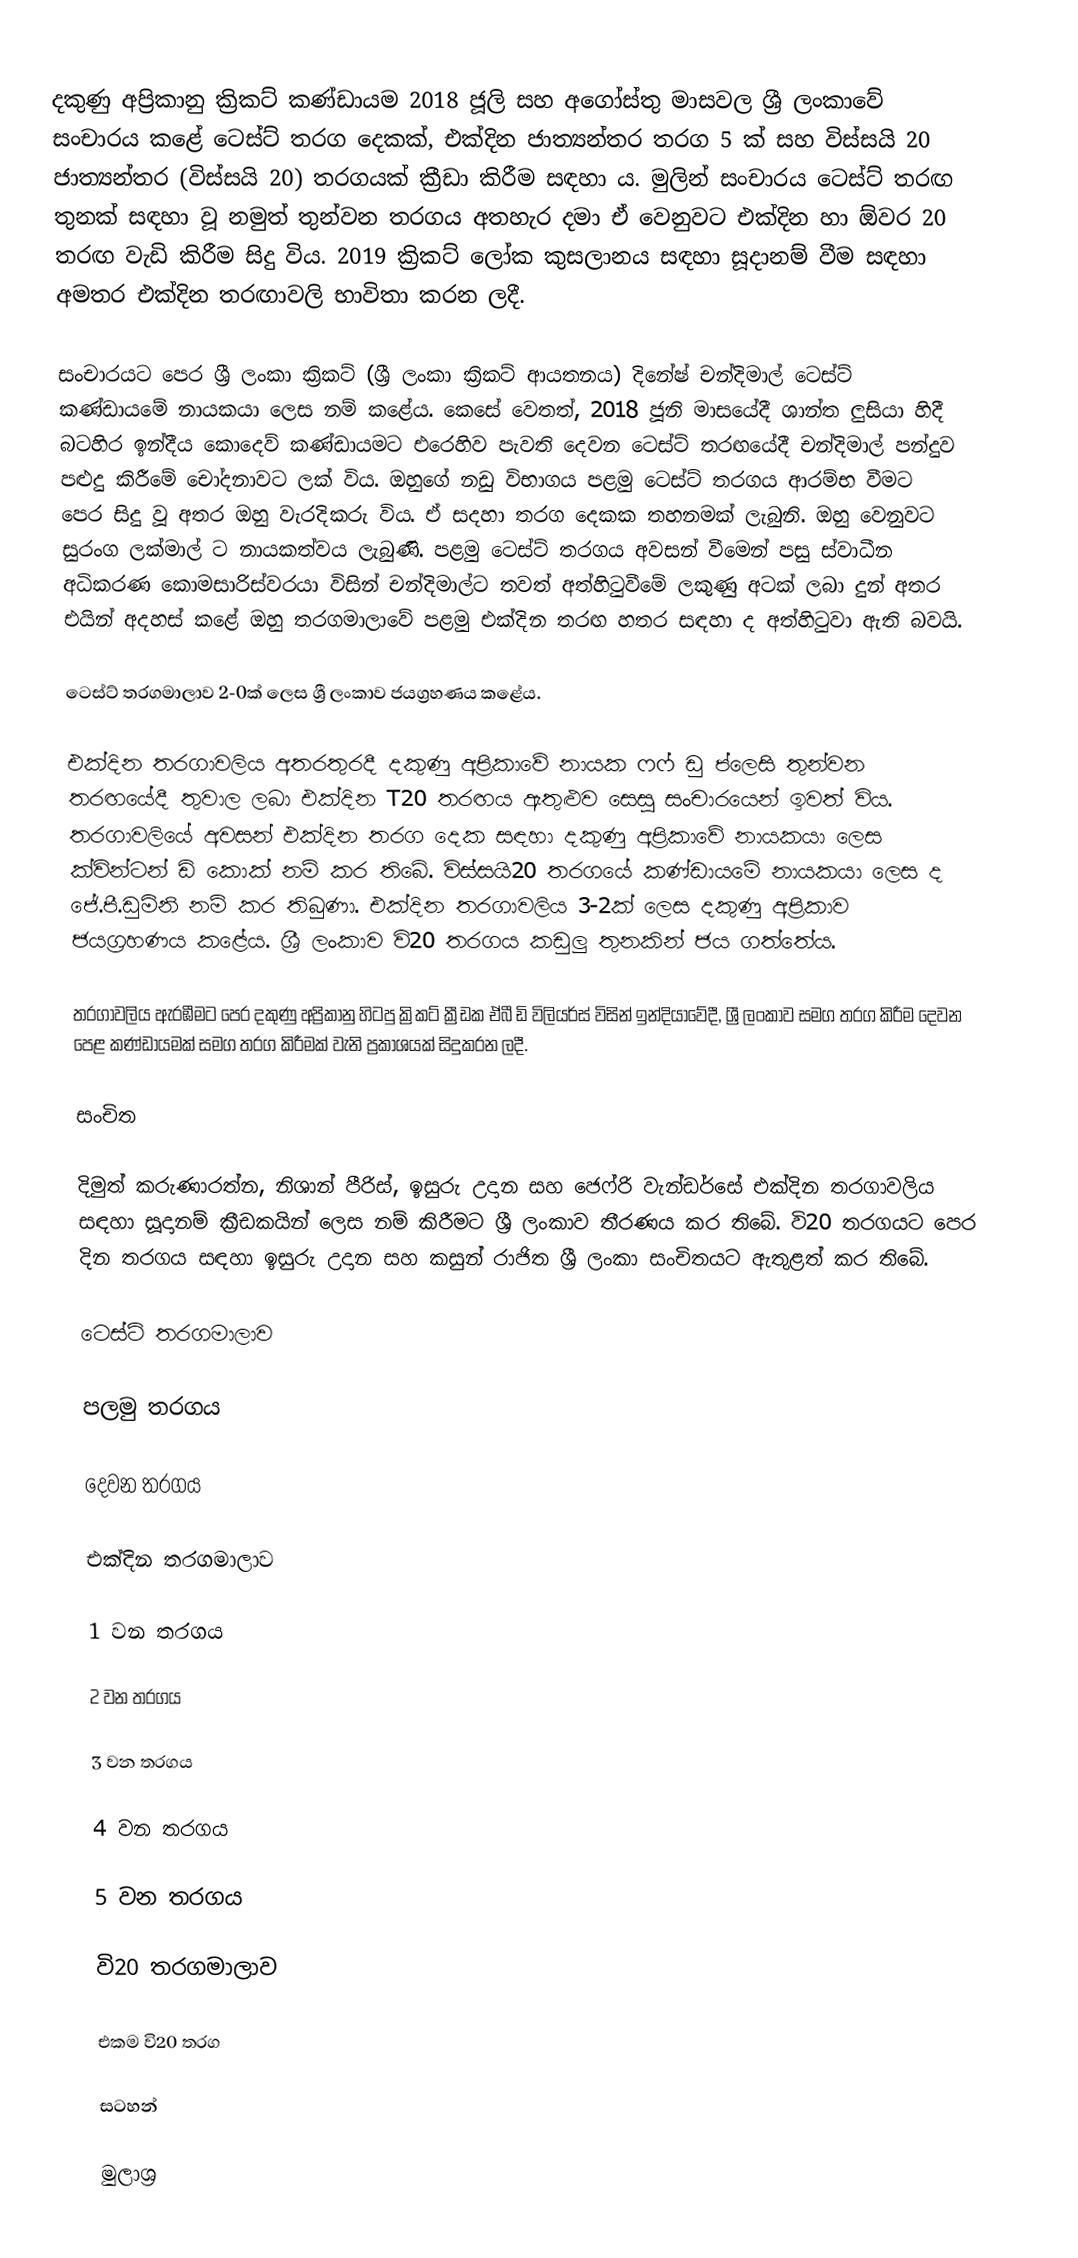
දකුණු අප්‍රිකානු ක්‍රිකට් කණ්ඩායම 2018 ජූලි සහ අගෝස්තු මාසවල ශ්‍රී ලංකාවේ සංචාරය කළේ ටෙස්ට් තරග දෙකක්, එක්දින ජාත්‍යන්තර තරග 5 ක් සහ විස්සයි 20 ජාත්‍යන්තර (විස්සයි 20) තරගයක් ක්‍රීඩා කිරීම සඳහා ය. මුලින් සංචාරය ටෙස්ට් තරඟ තුනක් සඳහා වූ නමුත් තුන්වන තරගය අතහැර දමා ඒ වෙනුවට එක්දින හා ඕවර 20 තරඟ වැඩි කිරීම සිදු විය. 2019 ක්‍රිකට් ලෝක කුසලානය සඳහා සූදානම් වීම සඳහා අමතර එක්දින තරඟාවලි භාවිතා කරන ලදී.

සංචාරයට පෙර ශ්‍රී ලංකා ක්‍රිකට් (ශ්‍රී ලංකා ක්‍රිකට් ආයතනය) දිනේෂ් චන්දිමාල් ටෙස්ට් කණ්ඩායමේ නායකයා ලෙස නම් කළේය. කෙසේ වෙතත්, 2018 ජූනි මාසයේදී ශාන්ත ලුසියා හිදී බටහිර ඉන්දීය කොදෙව් කණ්ඩායමට එරෙහිව පැවති දෙවන ටෙස්ට් තරඟයේදී චන්දිමාල් පන්දුව පළුදු කිරීමේ චෝදනාවට ලක් විය. ඔහුගේ නඩු විභාගය පළමු ටෙස්ට් තරගය ආරම්භ වීමට පෙර සිදු වූ අතර ඔහු වැරදිකරු විය. ඒ සදහා තරග දෙකක තහනමක් ලැබුනි. ඔහු වෙනුවට සුරංග ලක්මාල් ට නායකත්වය ලැබුණි. පළමු ටෙස්ට් තරගය අවසන් වීමෙන් පසු ස්වාධීන අධිකරණ කොමසාරිස්වරයා විසින් චන්දිමාල්ට තවත් අත්හිටුවීමේ ලකුණු අටක් ලබා දුන් අතර එයින් අදහස් කළේ ඔහු තරගමාලාවේ පළමු එක්දින තරඟ හතර සඳහා ද අත්හිටුවා ඇති බවයි.

ටෙස්ට් තරගමාලාව 2-0ක් ලෙස ශ්‍රී ලංකාව ජයග්‍රහණය කළේය.

එක්දින තරගාවලිය අතරතුරදී දකුණු අප්‍රිකාවේ නායක ෆෆ් ඩු ප්ලෙසි තුන්වන තරඟයේදී තුවාල ලබා එක්දින T20 තරඟය ඇතුළුව සෙසු සංචාරයෙන් ඉවත් විය. තරගාවලියේ අවසන් එක්දින තරග දෙක සඳහා දකුණු අප්‍රිකාවේ නායකයා ලෙස ක්වින්ටන් ඩි කොක් නම් කර තිබේ. විස්සයි20 තරගයේ කණ්ඩායමේ නායකයා ලෙස ද ජේ.පී.ඩුමිනි නම් කර තිබුණා. එක්දින තරගාවලිය 3-2ක් ලෙස දකුණු අප්‍රිකාව ජයග්‍රහණය කළේය. ශ්‍රී ලංකාව වි20 තරගය කඩුලු තුනකින් ජය ගත්තේය.

තරගාවලිය ඇරඹීමට පෙර දකුණු අප්‍රිකානු හිටපු ක්‍රිකට් ක්‍රීඩක ඒබී ඩි විලියර්ස් විසින් ඉන්දියාවේදී, ශ්‍රී ලංකාව සමග තරග කිරීම දෙවන පෙළ කණ්ඩායමක් සමග තරග කිරීමක් වැනි ප්‍රකාශයක් සිදුකරන ලදී.

සංචිත

දිමුත් කරුණාරත්න, නිශාන් පීරිස්, ඉසුරු උදාන සහ ජෙෆ්රි වැන්ඩර්සේ එක්දින තරගාවලිය සඳහා සූදානම් ක්‍රීඩකයින් ලෙස නම් කිරීමට ශ්‍රී ලංකාව තීරණය කර තිබේ. වි20 තරගයට පෙර දින තරගය සඳහා ඉසුරු උදාන සහ කසුන් රාජිත ශ්‍රී ලංකා සංචිතයට ඇතුළත් කර තිබේ.

ටෙස්ට් තරගමාලාව

පලමු තරගය

දෙවන තරගය

එක්දින තරගමාලාව

1 වන තරගය

2 වන තරගය

3 වන තරගය

4 වන තරගය

5 වන තරගය

වි20 තරගමාලාව

එකම වි20 තරග

සටහන්

මුලාශ්‍ර